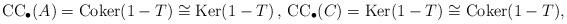
LaTeX: \begin{align*} \mathrm{CC}_{\bullet}(A)= \mathrm{Coker}(1-T) \cong \mathrm{Ker}(1-T) \, , \, \mathrm{CC}_{\bullet}(C) = \mathrm{Ker}(1-T) \cong \mathrm{Coker}(1-T), \end{align*}